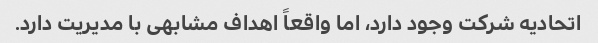
اتحادیه شرکت وجود دارد، اما واقعاً اهداف مشابهی با مدیریت دارد.